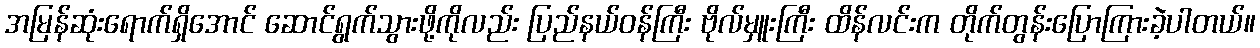
အမြန်ဆုံးရောက်ရှိအောင် ဆောင်ရွက်သွားဖို့ကိုလည်း ပြည်နယ်ဝန်ကြီး ဗိုလ်မှူးကြီး ထိန်လင်းက တိုက်တွန်းပြောကြားခဲ့ပါတယ်။